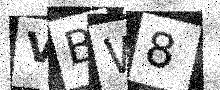
Text: VBW8